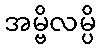
အမ္ဗိလမ္ပိ